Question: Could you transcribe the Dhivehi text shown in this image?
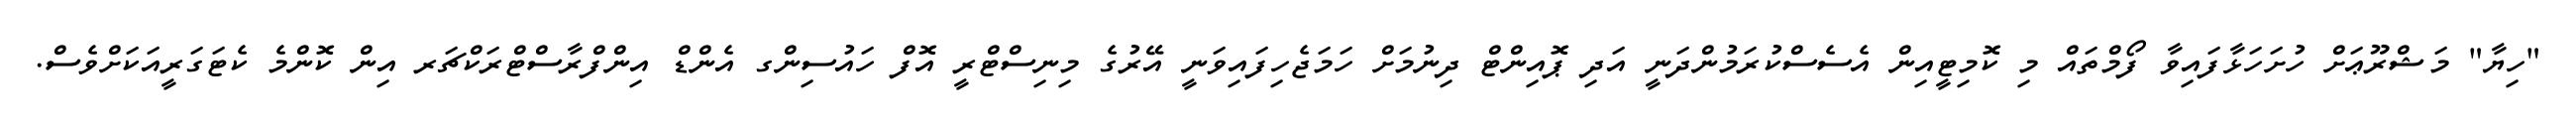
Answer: "ހިޔާ" މަޝްރޫޢަށް ހުށަހަޅާފައިވާ ފޯމްތައް މި ކޮމިޓީއިން އެސެސްކުރަމުންދަނީ އަދި ޕޮއިންޓް ދިނުމަށް ހަމަޖެހިފައިވަނީ އޭރުގެ މިނިސްޓްރީ އޮފް ހައުސިންގ އެންޑް އިންފްރާސްޓްރަކްޗަރ އިން ކޮންމެ ކެޓަގަރީއަކަށްވެސް.